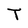
Character: T